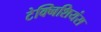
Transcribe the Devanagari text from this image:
टेक्निशियंस